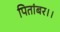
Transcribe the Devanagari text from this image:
पितांबर।।